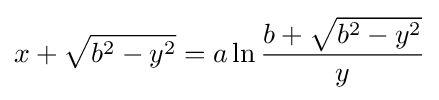
x+{\sqrt {b^{2}-y^{2}}}=a\ln {\frac {b+{\sqrt {b^{2}-y^{2}}}}{y}}